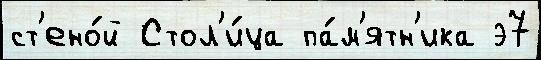
ст'ено́й Стол'и́ца па́м'ятн'ика э7